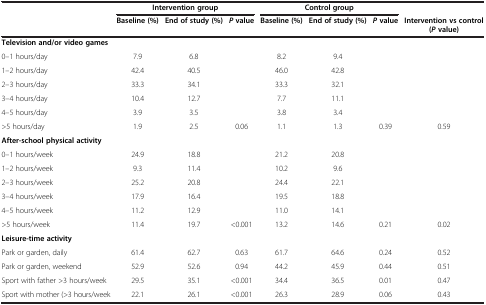
<table><thead><tr><td rowspan="2"><b> </b></td><td colspan="3"><b>Intervention group</b></td><td colspan="3"><b>Control group</b></td><td><b> </b></td></tr><tr><td><b>Baseline (%)</b></td><td><b>End of study (%)</b></td><td><b><i>P</i>value</b></td><td><b>Baseline (%)</b></td><td><b>End of study (%)</b></td><td><b><i>P</i>value</b></td><td><b>Intervention vs control ( <i>P </i>value)</b></td></tr></thead><tbody><tr><td colspan="7"><b>Television and/or video games</b></td><td> </td></tr><tr><td>0–1 hours/day</td><td>7.9</td><td>6.8</td><td> </td><td>8.2</td><td>9.4</td><td> </td><td> </td></tr><tr><td>1–2 hours/day</td><td>42.4</td><td>40.5</td><td> </td><td>46.0</td><td>42.8</td><td> </td><td> </td></tr><tr><td>2–3 hours/day</td><td>33.3</td><td>34.1</td><td> </td><td>33.3</td><td>32.1</td><td> </td><td> </td></tr><tr><td>3–4 hours/day</td><td>10.4</td><td>12.7</td><td> </td><td>7.7</td><td>11.1</td><td> </td><td> </td></tr><tr><td>4–5 hours/day</td><td>3.9</td><td>3.5</td><td> </td><td>3.8</td><td>3.4</td><td> </td><td> </td></tr><tr><td>&gt;5 hours/day</td><td>1.9</td><td>2.5</td><td>0.06</td><td>1.1</td><td>1.3</td><td>0.39</td><td>0.59</td></tr><tr><td colspan="8"><b>After-school physical activity</b></td></tr><tr><td>0–1 hours/week</td><td>24.9</td><td>18.8</td><td> </td><td>21.2</td><td>20.8</td><td> </td><td> </td></tr><tr><td>1–2 hours/week</td><td>9.3</td><td>11.4</td><td> </td><td>10.2</td><td>9.6</td><td> </td><td> </td></tr><tr><td>2–3 hours/week</td><td>25.2</td><td>20.8</td><td> </td><td>24.4</td><td>22.1</td><td> </td><td> </td></tr><tr><td>3–4 hours/week</td><td>17.9</td><td>16.4</td><td> </td><td>19.5</td><td>18.8</td><td> </td><td> </td></tr><tr><td>4–5 hours/week</td><td>11.2</td><td>12.9</td><td> </td><td>11.0</td><td>14.1</td><td> </td><td> </td></tr><tr><td>&gt;5 hours/week</td><td>11.4</td><td>19.7</td><td>&lt;0.001</td><td>13.2</td><td>14.6</td><td>0.21</td><td>0.02</td></tr><tr><td colspan="7"><b>Leisure-time activity</b></td><td> </td></tr><tr><td>Park or garden, daily</td><td>61.4</td><td>62.7</td><td>0.63</td><td>61.7</td><td>64.6</td><td>0.24</td><td>0.52</td></tr><tr><td>Park or garden, weekend</td><td>52.9</td><td>52.6</td><td>0.94</td><td>44.2</td><td>45.9</td><td>0.44</td><td>0.51</td></tr><tr><td>Sport with father &gt;3 hours/week</td><td>29.5</td><td>35.1</td><td>&lt;0.001</td><td>34.4</td><td>36.5</td><td>0.01</td><td>0.47</td></tr><tr><td>Sport with mother (&gt;3 hours/week</td><td>22.1</td><td>26.1</td><td>&lt;0.001</td><td>26.3</td><td>28.9</td><td>0.06</td><td>0.43</td></tr></tbody></table>